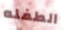
الطفله